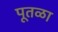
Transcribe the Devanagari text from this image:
पूतळा